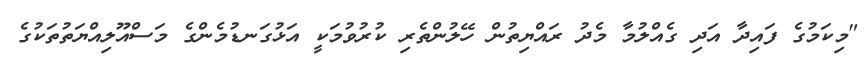
"މިކަމުގެ ފައިދާ އަދި ގެއްލުމާ މެދު ރައްޔިތުން ހޭލުންތެރި ކުރުވުމަކީ އަޅުގަނޑުމެންގެ މަސްއޫލިއްޔަތުތަކުގެ